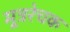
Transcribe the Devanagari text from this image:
मूत्ररेचक